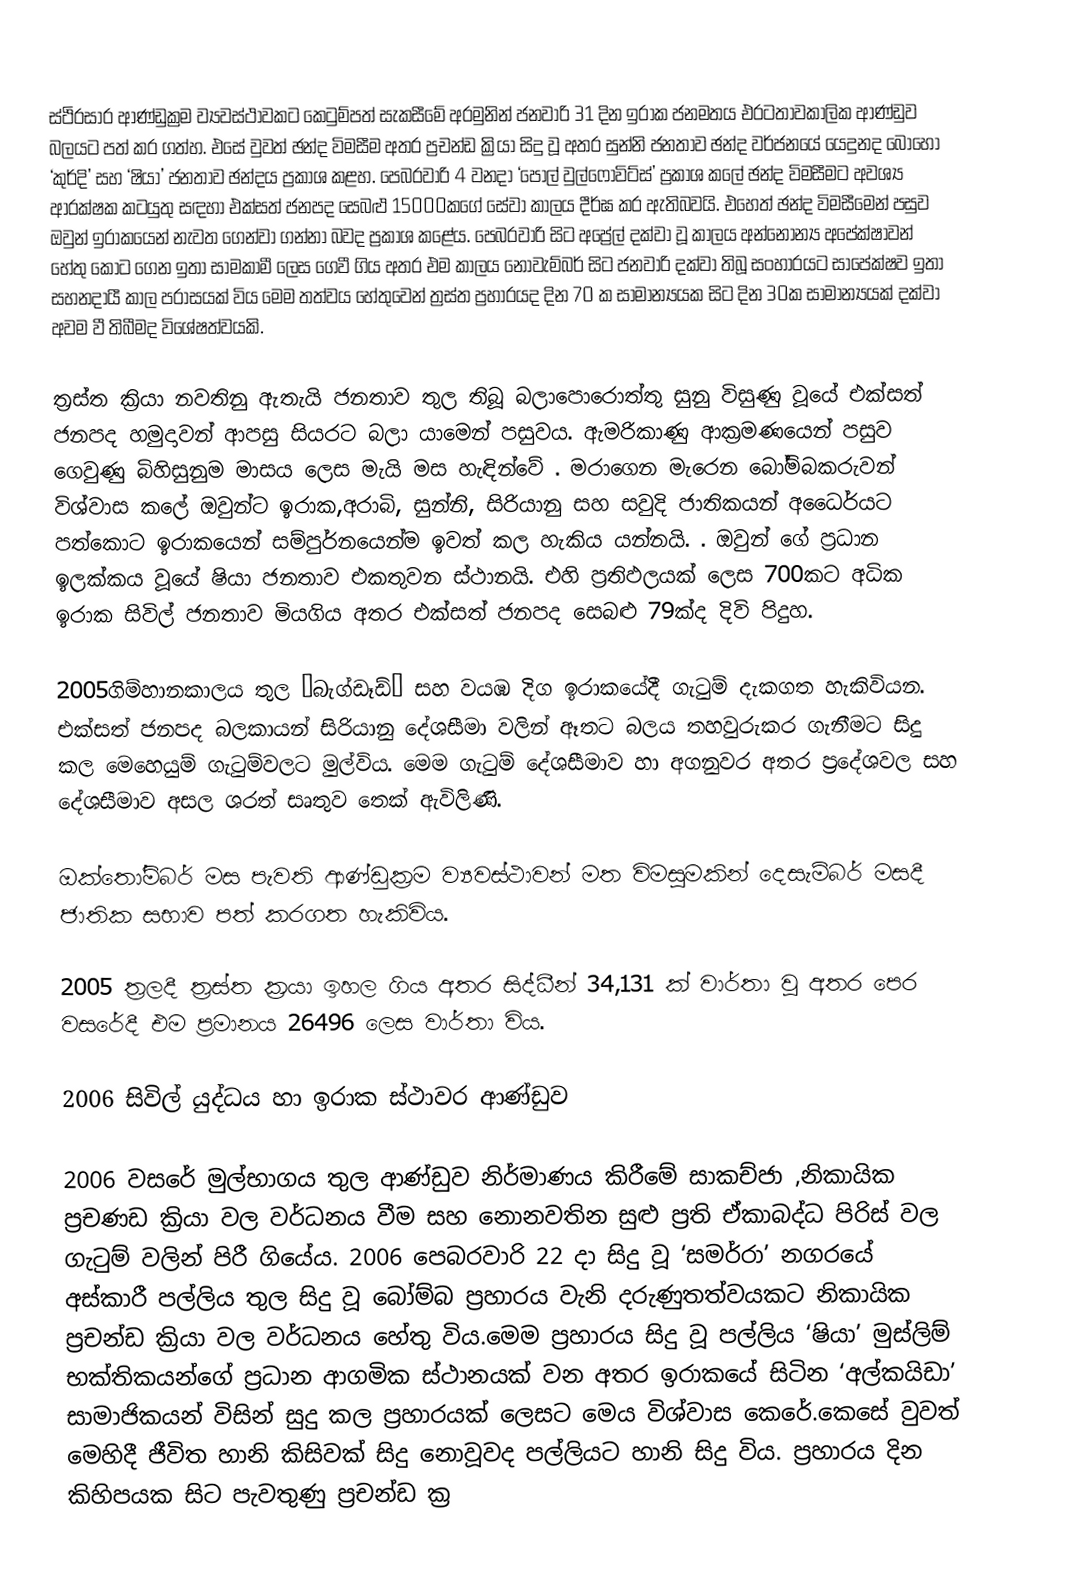
ස්ථිරසාර ආණ්ඩුක්‍රම ව්‍යවස්ථාවකට කෙටුම්පත් සැකසීමේ අරමුනින් ජනවාරි 31 දින ඉරාක ජනමතය එරටතාවකාලික ආණ්ඩුව බලයට පත් කර ගත්හ. එසේ වුවත් ඡන්ද විමසීම අතර ප්‍රචන්ඩ ක්‍රියා සිදු වූ අතර සුන්නි ජනතාව ඡන්ද වර්ජනයේ යෙදුනද බොහෝ ‘කුර්දි’ සහ ‘ෂියා’ ජනතාව ඡන්දය ප්‍රකාශ කළහ. පෙබරවාරි 4 වනදා ‘පෝල් වුල්ෆොවිට්ස්’ ප්‍රකාශ කලේ ඡන්ද විමසීමට අවශ්‍ය ආරක්ෂක කටයුතු සඳහා එක්සත් ජනපද සෙබළු 15000කගේ සේවා කාලය දීර්ඝ කර ඇතිබවයි. එහෙත් ඡන්ද විමසීමෙන් පසුව ඔවුන් ඉරාකයෙන් නැවත ගෙන්වා ගන්නා බවද ප්‍රකාශ කළේය. පෙබරවාරි සිට අප්‍රේල් දක්වා වූ කාලය අන්නෝන්‍ය අපේක්ෂාවන් හේතු කොට ගෙන ඉතා සාමකාමී ලෙස ගෙවී ගිය අතර එම කාලය නොවැම්බර් සිට ජනවාරි දක්වා තිබූ සංහාරයට සාපේක්ෂව ඉතා සහනදායී කාල පරාසයක් විය මෙම තත්වය හේතුවෙන් ත්‍රස්ත ප්‍රහාරයද දින 70 ක සාමාන්‍යයක සිට දින 30ක සාමාන්‍යයක් දක්වා අවම වී තිබීමද විශේෂත්වයකි.

ත්‍රස්ත ක්‍රියා නවතිනු ඇතැයි ජනතාව තුල තිබූ බලාපොරොත්තු සුනු විසුණු වූයේ එක්සත් ජනපද හමුදාවන් ආපසු සියරට බලා යාමෙන් පසුවය. ඇමරිකාණු ආක්‍රමණයෙන් පසුව ගෙවුණු බිහිසුනුම මාසය ලෙස මැයි මස හැඳින්වේ . මරාගෙන මැරෙන බෝම්බකරුවන් විශ්වාස කලේ ඔවුන්ට ඉරාක,අරාබි, සුන්නි, සිරියානු සහ සවුදි ජාතිකයන් අධෛර්යට පත්කොට ඉරාකයෙන් සම්පුර්නයෙන්ම ඉවත් කල හැකිය යන්නයි. . ඔවුන් ගේ ප්‍රධාන ඉලක්කය වූයේ ෂියා ජනතාව එකතුවන ස්ථානයි. එහි ප්‍රතිඵලයක් ලෙස 700කට අධික ඉරාක සිවිල් ජනතාව මියගිය අතර එක්සත් ජනපද සෙබළු 79ක්ද දිවි පිදුහ.

2005ගිම්හානකාලය තුල ‘බැග්ඩෑඩ්’ සහ වයඹ දිග ඉරාකයේදී ගැටුම් දැකගත හැකිවියන. එක්සත් ජනපද බලකායන් සිරියානු දේශසීමා වලින් ඈතට බලය තහවුරුකර ගැනීමට  සිදු කල මෙහෙයුම් ගැටුම්වලට මුල්විය. මෙම ගැටුම් දේශසීමාව හා අගනුවර අතර ප්‍රදේශවල සහ දේශසීමාව අසල ශරත් සෘතුව තෙක් ඇවිලිණි.

ඔක්තෝම්බර් මස පැවති ආණ්ඩුක්‍රම ව්‍යවස්ථාවන් මත විමසුමකින් දෙසැම්බර් මසදී ජාතික සභාව පත් කරගත හැකිවිය.

2005 ත්‍රලදී ත්‍රස්ත ක්‍රයා ඉහල ගිය අතර සිද්ධීන් 34,131 ක් වාර්තා වූ අතර පෙර වසරේදී එම ප්‍රමානය 26496 ලෙස වාර්තා විය.

2006 සිවිල් යුද්ධය හා ඉරාක ස්ථාවර ආණ්ඩුව

2006 වසරේ මුල්භාගය තුල ආණ්ඩුව නිර්මාණය කිරීමේ සාකච්ජා ,නිකායික ප්‍රචණඩ ක්‍රියා වල වර්ධනය වීම සහ නොනවතින සුළු ප්‍රති ඒකාබද්ධ පිරිස් වල ගැටුම් වලින් පිරී ගියේය. 2006 පෙබරවාරි 22 දා සිදු වූ ‘සමර්රා’ නගරයේ අස්කාරී පල්ලිය තුල සිදු වූ බෝම්බ ප්‍රහාරය වැනි දරුණුතත්වයකට නිකායික ප්‍රචන්ඩ ක්‍රියා වල වර්ධනය හේතු විය.මෙම ප්‍රහාරය සිදු වූ පල්ලිය ‘ෂියා’ මුස්ලිම් භක්තිකයන්ගේ ප්‍රධාන ආගමික ස්ථානයක් වන අතර ඉරාකයේ සිටින ‘අල්කයිඩා’ සාමාජිකයන් විසින් සුදු කල ප්‍රහාරයක් ලෙසට මෙය විශ්වාස කෙරේ.කෙසේ වුවත් මෙහිදී ජීවිත හානි කිසිවක් සිදු නොවූවද පල්ලියට හානි සිදු විය. ප්‍රහාරය දින කිහිපයක සිට පැවතුණු ප්‍රචන්ඩ ක්‍ර